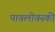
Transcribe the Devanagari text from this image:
पावलोवस्की